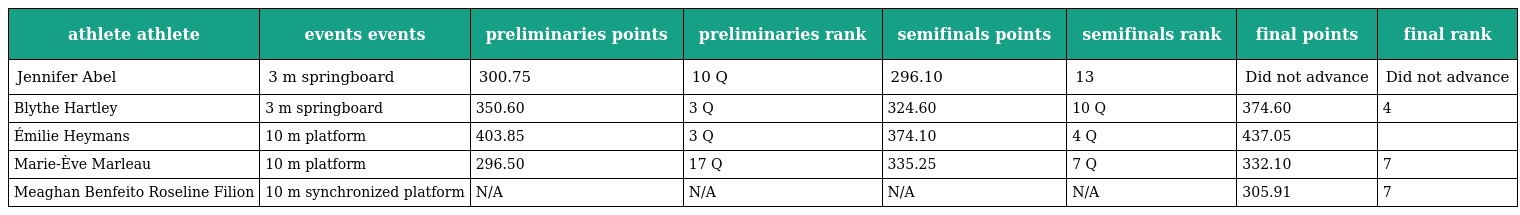
| athlete athlete | events events | preliminaries points | preliminaries rank | semifinals points | semifinals rank | final points | final rank |
 | --- | --- | --- | --- | --- | --- | --- | --- |
 | Jennifer Abel | 3 m springboard | 300.75 | 10 Q | 296.10 | 13 | Did not advance | Did not advance |
 | Blythe Hartley | 3 m springboard | 350.60 | 3 Q | 324.60 | 10 Q | 374.60 | 4 |
 | Émilie Heymans | 10 m platform | 403.85 | 3 Q | 374.10 | 4 Q | 437.05 |  |
 | Marie-Ève Marleau | 10 m platform | 296.50 | 17 Q | 335.25 | 7 Q | 332.10 | 7 |
 | Meaghan Benfeito Roseline Filion | 10 m synchronized platform | N/A | N/A | N/A | N/A | 305.91 | 7 |